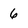
Character: 6